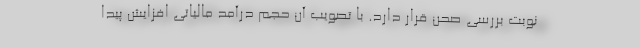
نوبت بررسی صحن قرار دارد. با تصویب آن حجم درآمد مالیاتی افزایش پیدا